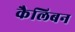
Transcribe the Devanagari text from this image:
कैलिबन